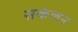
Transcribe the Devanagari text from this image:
सकंलन